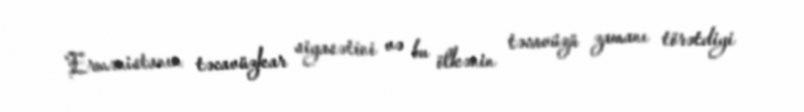
Ermənistanın təcavüzkar siyasətini və bu ölkənin təcavüzü zamanı törətdiyi